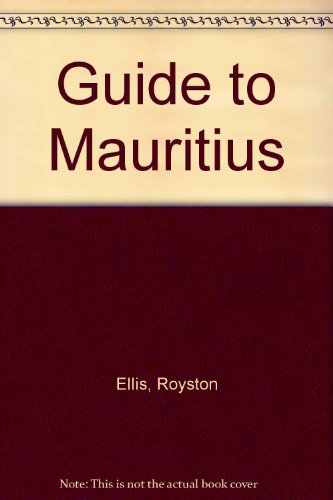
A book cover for Guide to Mauritius: For Tourists, Business Visitors and Independent Travellers (Bradt Travel Guide Mauritius, Rodriques & Reunion: The Mascarene Isles); Royston Ellis; Travel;